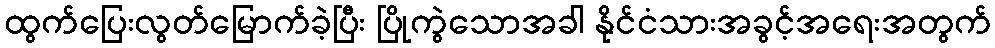
ထွက်ပြေးလွတ်မြောက်ခဲ့ပြီး ပြိုကွဲသောအခါ နိုင်ငံသားအခွင့်အရေးအတွက်